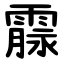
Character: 霡